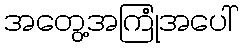
အတွေ့အကြုံအပေါ်